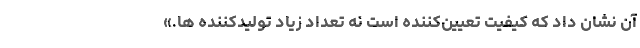
آن نشان داد که کیفیت تعیین‌کننده است نه تعداد زیاد تولیدکننده ها.»